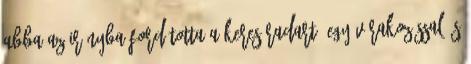
Abba az irányba fordította a keresőradart. Egy várakozással és